Report on vaccination in Madras 1904-1921 - 1904-1921
Year: 1904
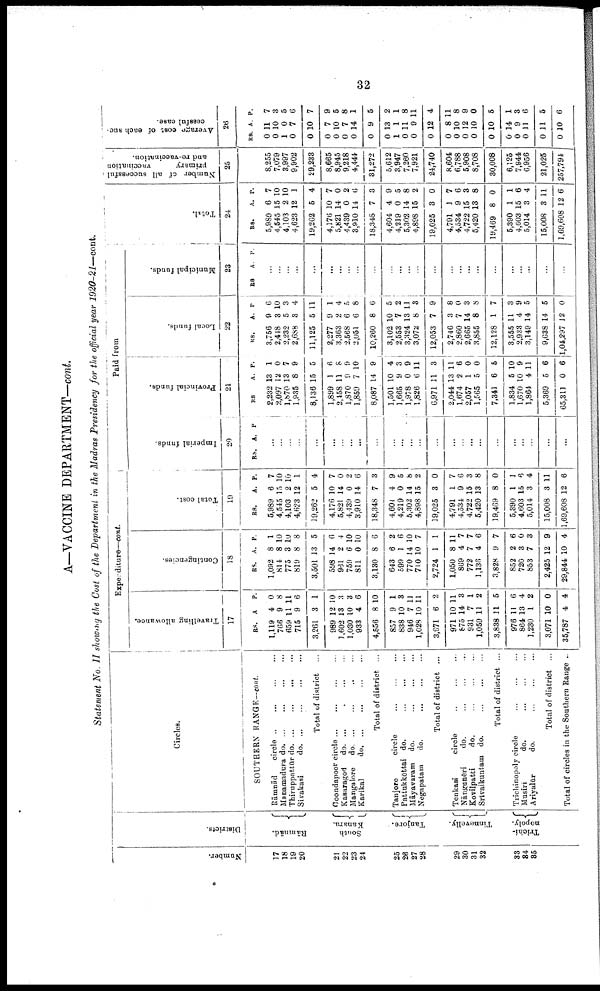
32
A—VACCINE DEPARTMENT—cont.
Statement No. II showing the Cost of the Department in the Madras Presidency for the official year 1920-21—cont.
Number.
17
18
19
20
21
22
23
24
25
26
27
28
29
30
31
32
33
34
35
Districts.
Rāmnād.
South
kanara.
Tanjore.
Tinnevelly.
Trichi-
nopoly.
Circles.
SOUTHERN RANGE—cont.
Rāmnād
circle
...
...
...
...
Manamadura d
o
. ... ... ... ...
Thiruppattūr d
o
. ... ... ... ...
Sivakasi
d
o
. ... ... ... ...
Total of district ...
Coondapoor circle
...
...
...
...
Kasaragod
do.
...
...
...
...
Mangalore
do. ... ... ... ...
Karikal
d
o
. ... ... ... ...
Total of district ...
Tanjore
circle
...
...
...
Pattukkōttai do.
...
...
...
...
Māyavaram do.
...
...
...
...
Negapatam
do. ... ... ... ...
Total of district ...
Tenkasi
circle
...
...
...
Nāngunēri
do.
...
...
...
Kovilpatti
do.
...
...
...
Srīvaikuntam do.
...
...
...
Total of district ...
Trichinopoly circle ... ... ...
Musiri
do. ... ... ...
Ariyalūr
do. ... ... ...
Total of district ...
Total of circles in the Southern Range ...
Expenditure—cont.
Travelling allowance.
17
RS.
1,119
766
659
715
3,261
989
1,602
1,030
933
4,556
857
838
946
1,028
3,671
971
875
931
1,059
3,838
976
864
1,230
3,071
35,787
A
4
9
11
9
3
12
13
10
4
8
9
10
7
10
6
10
14
7
11
11
11
13
1
10
4
P.
0
8
11
6
1
10
3
8
6
10
1
8
11
11
2
11
3
1
2
5
6
4
2
0
4
Contingencies.
18
RS.
1,092
814
775
819
3,501
598
961
759
811
3,130
643
599
770
710
2,724
1,050
869
772
1,136
3,828
852
720
853
2,425
29,844
A.
8
8
3
8
13
14
2
6
0
8
6
1
14
10
1
8
4
7
4
9
2
3
7
12
10
P.
1
10
10
8
5
0
4
10
10
6
2
6
10
7
1
11
7
7
6
7
6
0
3
9
4
Total cost.
19
RS.
5,989
4,545
4,103
4,623
19,262
4,176
5,821
4,439
3,910
18,348
4,601
4,219
5,302
4,898
19,025
4,791
4,534
4,722
5,420
19,469
5,390
4,603
5,014
15,008
1,69,608
A.
6
15
2
12
5
10
14
0
14
7
4
0
14
15
3
1
9
15
13
8
1
15
3
3
12
P.
7
10
10
1
4
7
0
2
6
3
9
5
8
2
0
7
6
3
8
0
1
6
4
11
6
Paid from
Imperial funds.
20
RS. A. P
...
...
...
...
...
...
...
...
...
...
...
...
...
...
...
...
...
...
...
...
...
...
...
...
...
Provincial funds.
21
RS
2,232
2,097
1,870
1,935
8,136
1,899
2,158
1,870
1,859
8,087
1,501
1,665
1,978
1,826
6,971
2,044
1,674
2,057
1,565
7,341
1,834
1,670
1,864
5,369
65,311
A.
13
12
13
8
15
1
11
9
7
14
10
9
0
6
11
13
2
1
5
6
5
10
4
5
0
P.
1
0
7
9
5
6
8
9
10
9
4
3
9
11
3
11
6
0
0
5
10
9
11
6
6
Local funds.
22
RS.
3,756
2,418
2,232
2,688
11,125
2,277
3,363
2,568
2,051
10,260
3,102
2,553
3,324
3,072
12,053
2,746
2,860
2,665
3,855
12,128
3,555
2,933
3,149
9,638
1,04,297
A.
9
3
5
3
5
9
2
6
6
8
10
7
13
8
7
3
7
14
8
1
11
4
14
14
12
P
6
10
3
4
11
1
4
5
8
6
5
2
11
3
9
8
0
3
8
7
3
9
5
5
0
Municipal funds.
23
RS
A. P.
...
...
...
...
...
...
...
...
...
...
...
...
...
...
...
...
...
...
...
...
...
...
...
...
...
Total.
24
RS.
5,989
4,545
4,103
4,623
19,262
4,176
5,821
4,439
8,910
18,348
4,604
4,219
5,302
4,898
19,025
4,791
4,534
4,722
5,420
19,469
5,390
4,603
5,014
15,008
1,69,608
A.
6
15
2
12
5
10
14
0
14
7
4
0
14
15
3
1
9
15
13
8
1
15
3
3
12
P.
7
10
10
1
4
7
0
2
6
3
9
5
8
2
0
7
6
3
8
0
1
6
4
11
6
Number of all successful
primary
vaccination
and re-vaccination.
25
8,255
7,079
8,997
9,902
29,233
8,665
8,945
9,218
4,444
31,272
5,612
3,947
7,260
7,921
24,740
8,604
6,788
5,908
8,708
30,008
6,125
7,944
6,956
21,025
257,794
Average cost of each suc
cessful case.
26
RS
0
0
1
0
0
0
0
0
0
0
0
1
0
0
0
0
0
0
0
0
0
0
0
0
0
A.
11
10
0
7
10
7
10
7
14
9
13
1
11
9
12
8
10
12
10
10
14
9
11
11
10
P.
7
3
5
6
7
9
5
8
1
5
2
1
8
11
4
11
8
9
0
5
1
3
6
5
6